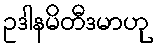
ဥဒါနမိတီဒမာဟု